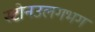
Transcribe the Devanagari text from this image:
स्टोनउलगभग